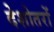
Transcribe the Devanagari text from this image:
देशोतरों